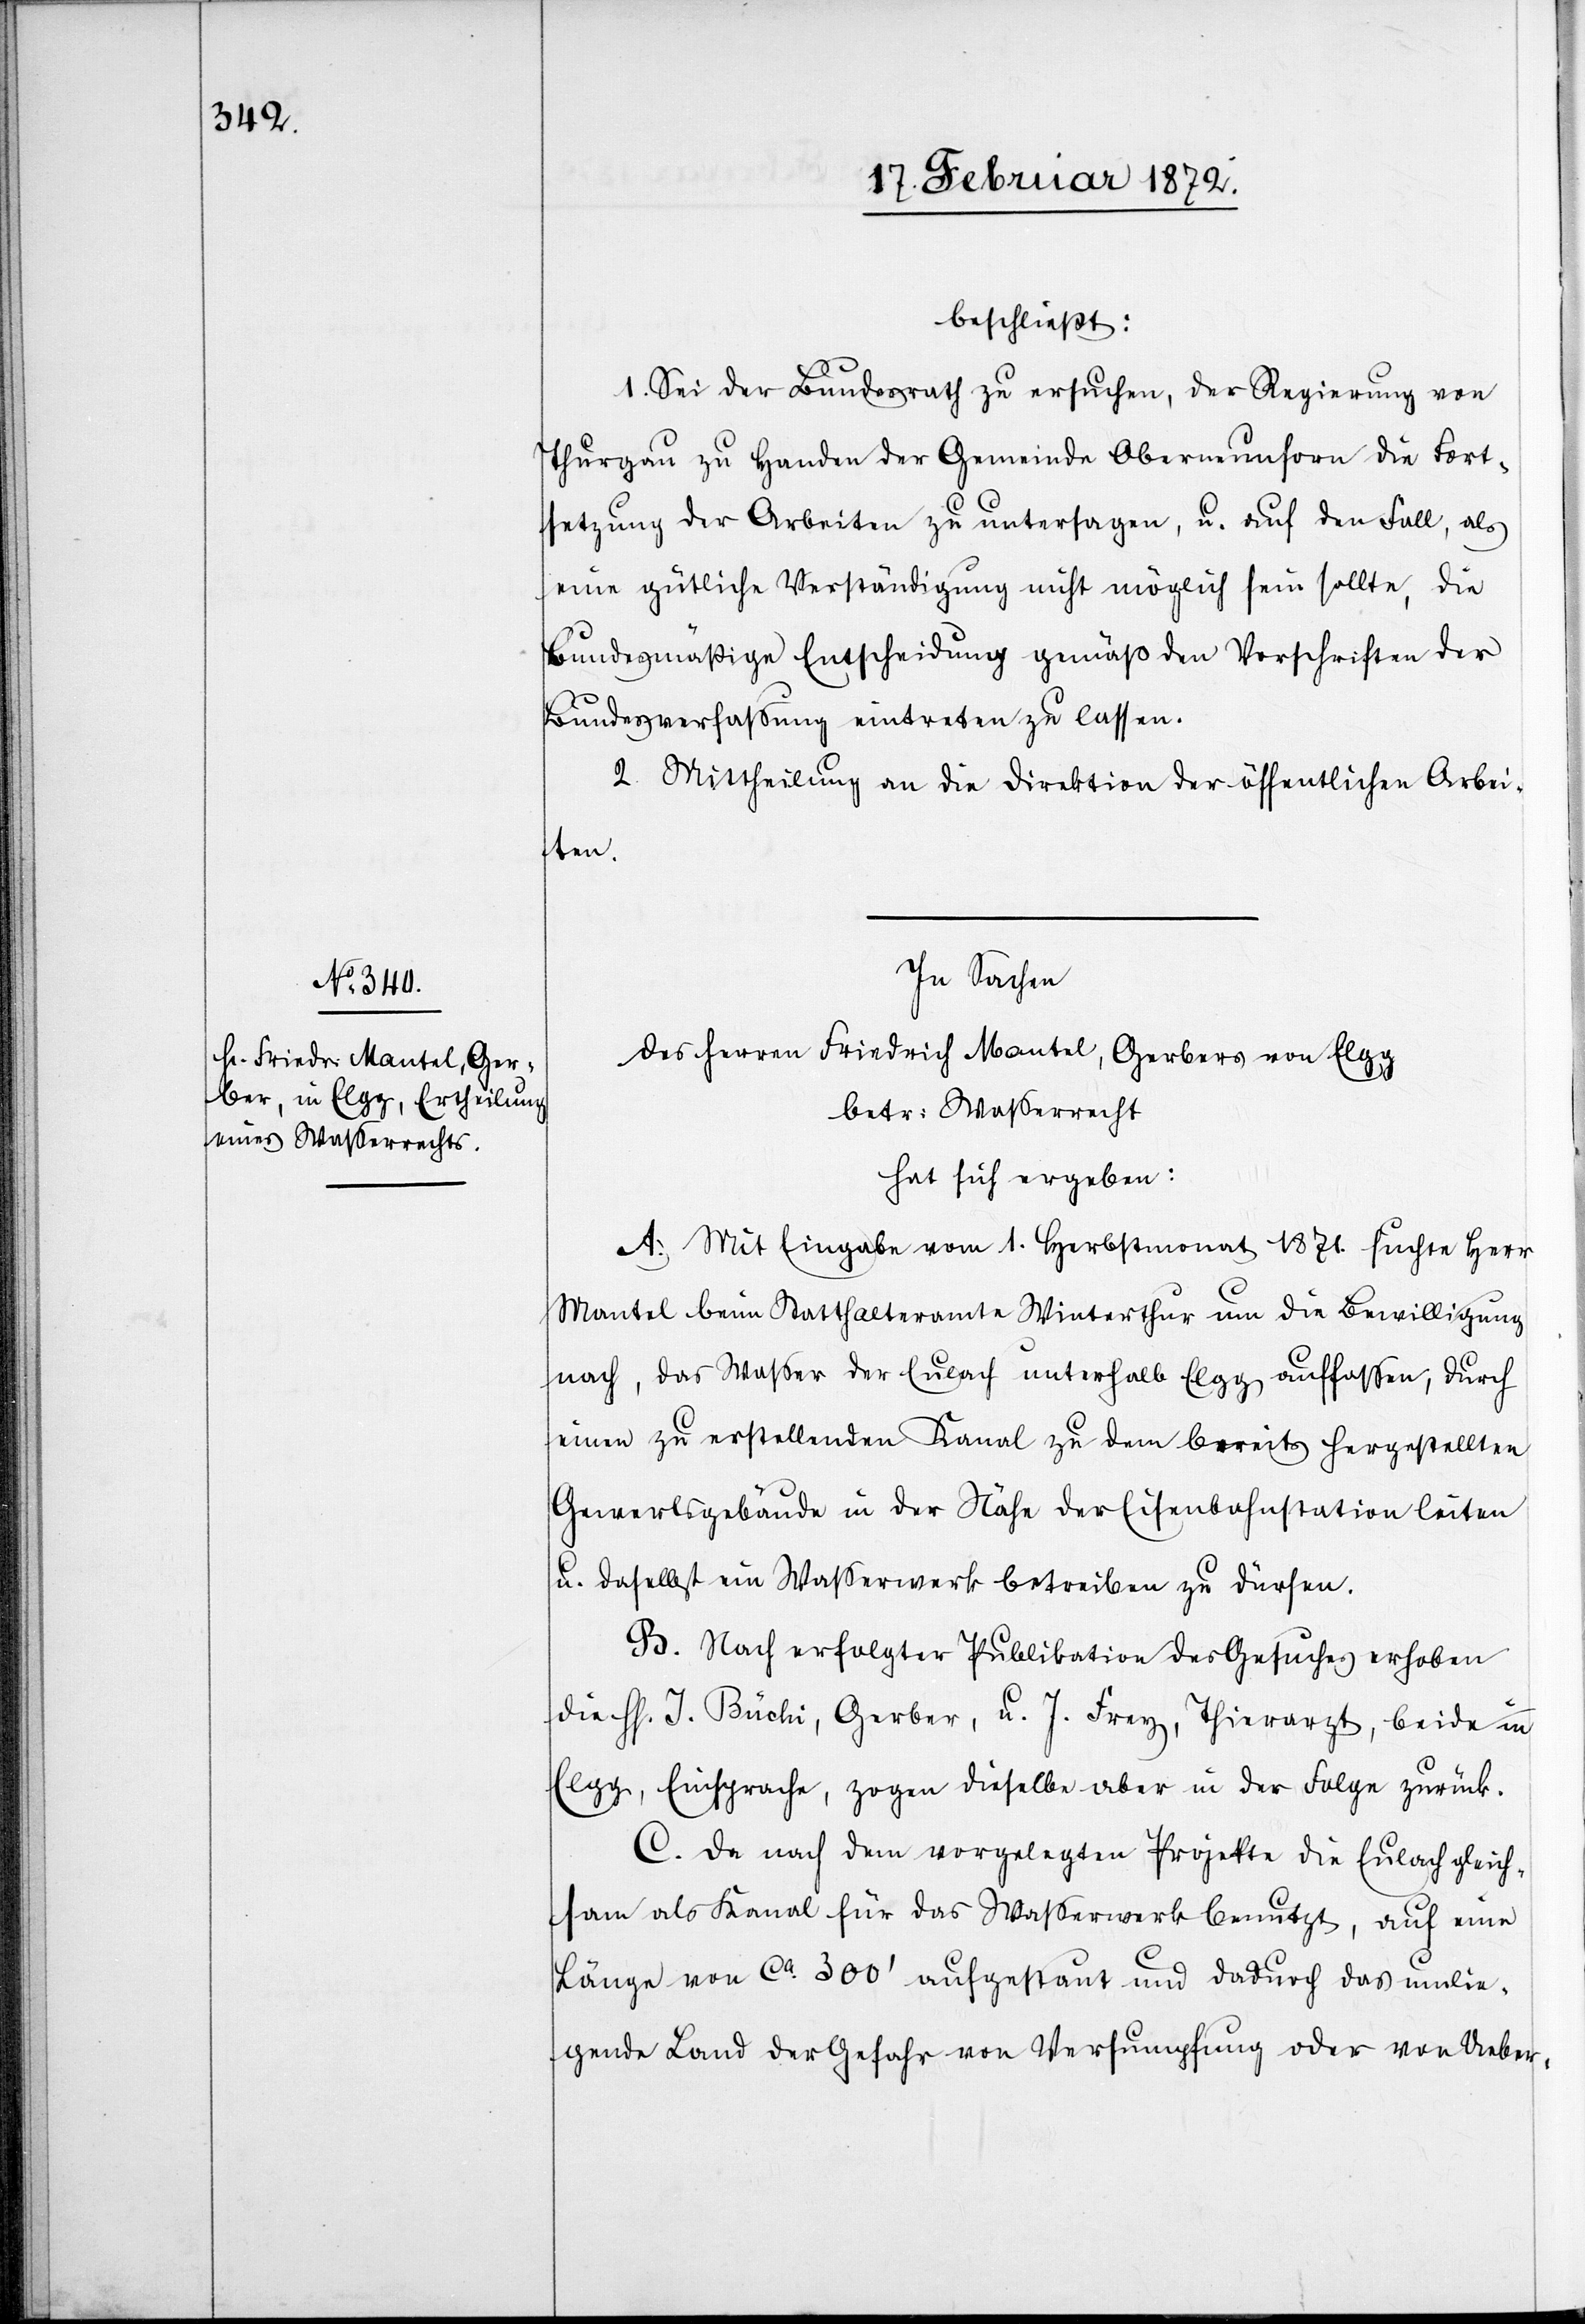
beschließt:
1. Sei der Bundesrath zu ersuchen, der Regierung von
Thurgau zu Handen der Gemeinde Oberneunforn die Fort¬
setzung der Arbeiten zu untersagen, u. auf den Fall, als
eine gütliche Verständigung nicht möglich sein sollte, die
bundesmäßige Entscheidung gemäß den Vorschriften der
Bundesverfassung eintreten zu lassen.
2. Mittheilung an die Direktion der öffentlichen Arbei¬
ten.
In Sachen
des Herren Friedrich Mantel, Gerbers von Elgg
betr. Wasserrecht
hat sich ergeben:
A. Mit Eingabe vom 1. Herbstmonat 1871. suchte Herr
Mantel beim Statthalteramte Winterthur um die Bewilligung
nach, das Wasser der Eulach unterhalb Elgg auffassen, durch
einen zu erstellenden Kanal zu dem bereits hergestellten
Gewerbsgebäude in der Höhe der Eisenbahnstation leiten
u. daselbst ein Wasserwerk betreiben zu dürfen.
B. Nach erfolgter Publikation des Gesuches erhoben
die HH. J. Büchi, Gerber, u. J. Franz, Thierarzt, beide in
Elgg, Einsprache, zogen dieselbe aber in der Folge zurück.
C. Da nach dem vorgelegten Projekte die Eulach gleich¬
sam als Kanal für das Wasserwerk benutzt, auf eine
Länge von ca 300’ aufgestaut und dadurch das umlie¬
gende Land der Gefahr von Versumpfung oder von Ueber-